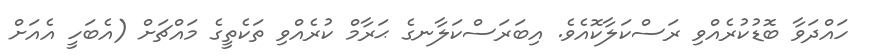
ހައްދަވާ ބޮޑުކުރެއްވި ރަސްކަލާކޮއެވެ. އިބަރަސްކަލާނގެ ޙަރާމް ކުރެއްވި ތަކެތީގެ މައްޗަށް (އެބަހީ އެއަށް